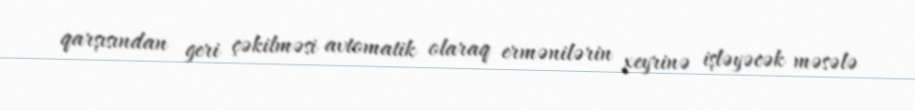
qarşısından geri çəkilməsi avtomatik olaraq ermənilərin xeyrinə işləyəcək məsələ